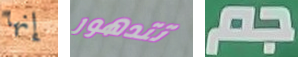
إنها تتدهور جم